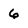
Character: 6